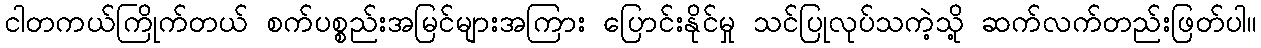
ငါတကယ်ကြိုက်တယ် စက်ပစ္စည်းအမြင်များအကြား ပြောင်းနိုင်မှု သင်ပြုလုပ်သကဲ့သို့ ဆက်လက်တည်းဖြတ်ပါ။